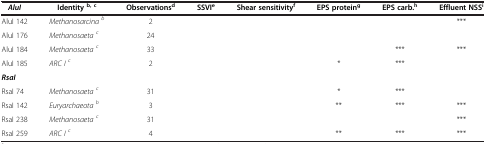
<table><thead><tr><td><b><i>AluI</i></b></td><td><b>Identity<sup>b, c</sup></b></td><td><b>Observations<sup>d</sup></b></td><td><b>SSVI<sup>e</sup></b></td><td><b>Shear sensitivity<sup>f</sup></b></td><td><b>EPS protein<sup>g</sup></b></td><td><b>EPS carb.<sup>h</sup></b></td><td><b>Effluent NSS<sup>i</sup></b></td></tr></thead><tbody><tr><td>AluI 142</td><td><i>Methanosarcina</i><sup><i>b</i></sup></td><td>2</td><td> </td><td> </td><td> </td><td> </td><td>***</td></tr><tr><td>AluI 176</td><td><i>Methanosaeta</i><sup><i>c</i></sup></td><td>24</td><td> </td><td> </td><td> </td><td> </td><td> </td></tr><tr><td>AluI 184</td><td><i>Methanosaeta</i><sup><i>c</i></sup></td><td>33</td><td> </td><td> </td><td> </td><td>***</td><td>***</td></tr><tr><td>AluI 185</td><td><i>ARC I</i><sup><i>c</i></sup></td><td>2</td><td> </td><td> </td><td>*</td><td>***</td><td> </td></tr><tr><td colspan="8"><b><i>RsaI</i></b></td></tr><tr><td>RsaI 74</td><td><i>Methanosaeta</i><sup><i>c</i></sup></td><td>31</td><td> </td><td> </td><td>*</td><td>***</td><td> </td></tr><tr><td>RsaI 142</td><td><i>Euryarchaeota</i><sup><i>b</i></sup></td><td>3</td><td> </td><td> </td><td>**</td><td>***</td><td>***</td></tr><tr><td>RsaI 238</td><td><i>Methanosaeta</i><sup><i>c</i></sup></td><td>31</td><td> </td><td> </td><td> </td><td> </td><td>***</td></tr><tr><td>RsaI 259</td><td><i>ARC I</i><sup><i>c</i></sup></td><td>4</td><td> </td><td> </td><td>**</td><td>***</td><td>***</td></tr></tbody></table>